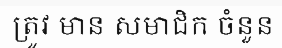
ត្រូវ មាន សមាជិក ចំនួន